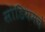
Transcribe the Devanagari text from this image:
सोडियमचे